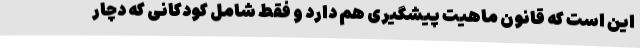
این است که قانون ماهیت پیشگیری هم دارد و فقط شامل کودکانی که دچار